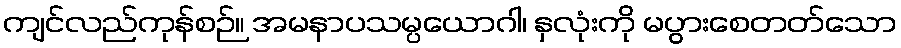
ကျင်လည်ကုန်စဉ်။ အမနာပသမ္ပယောဂါ၊ နှလုံးကို မပွားစေတတ်သော